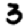
Digit: 3